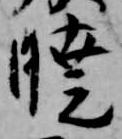
暁